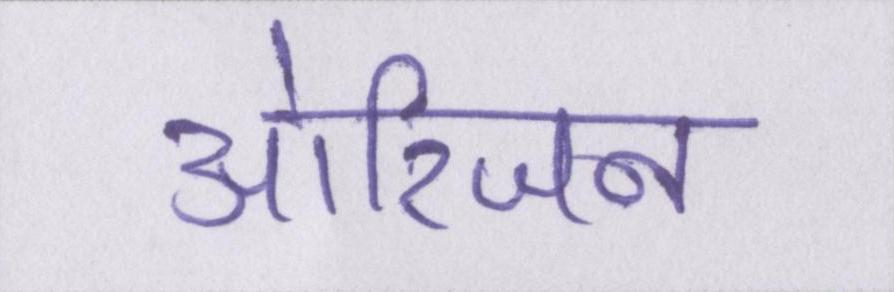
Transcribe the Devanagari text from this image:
ओरिजन